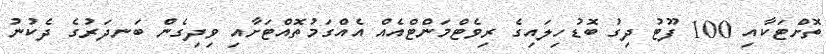
ތޮށްޓަކާއި 100 ފޫޓު ދިގު ބޮޑުހިލައިގެ ރިވެޓްމަންޓްއެއް އެއްގަމުތޮއްޓަށާއި ވިދިގެން ބަނދަރުގެ ދެކުނު